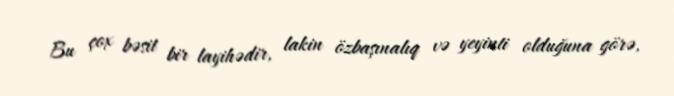
Bu çox bəsit bir layihədir, lakin özbaşınalıq və yeyinti olduğuna görə,